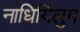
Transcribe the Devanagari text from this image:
नाधियिलुम